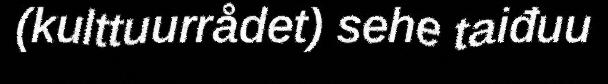
(kulttuurrådet) sehe taiđuu